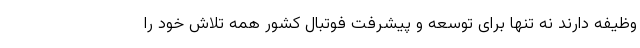
وظیفه دارند نه تنها برای توسعه و پیشرفت فوتبال کشور همه تلاش خود را